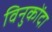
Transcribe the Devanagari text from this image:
विनुकोंदा